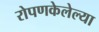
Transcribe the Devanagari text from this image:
रोपणकेलेल्या